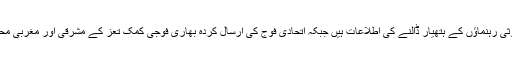
اس کامیابی کے جلو میں متعدد حوثی رہنماؤں کے ہتھیار ڈالنے کی اطلاعات ہیں جبکہ اتحادی فوج کی ارسال کردہ بھاری فوجی کمک تعز کے مشرقی اور مغربی محاذوں پر پہنچنے کی اطلاعات ہیں۔